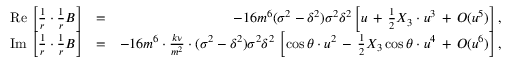
\begin{array} { r l r } { \mathrm { R e } \, \left[ \frac { 1 } { r } \cdot \frac { 1 } { r } B \right] } & { = } & { - 1 6 m ^ { 6 } ( \sigma ^ { 2 } - \delta ^ { 2 } ) \sigma ^ { 2 } \delta ^ { 2 } \left[ u \, + \, \frac { 1 } { 2 } X _ { 3 } \cdot u ^ { 3 } \, + \, { \cal O } ( u ^ { 5 } ) \right] , } \\ { \mathrm { I m } \, \left[ \frac { 1 } { r } \cdot \frac { 1 } { r } B \right] } & { = } & { - 1 6 m ^ { 6 } \cdot \frac { k \nu } { m ^ { 2 } } \cdot ( \sigma ^ { 2 } - \delta ^ { 2 } ) \sigma ^ { 2 } \delta ^ { 2 } \, \left[ \cos \theta \cdot u ^ { 2 } \, - \, \frac { 1 } { 2 } X _ { 3 } \cos \theta \cdot u ^ { 4 } \, + \, { \cal O } ( u ^ { 6 } ) \right] , } \end{array}